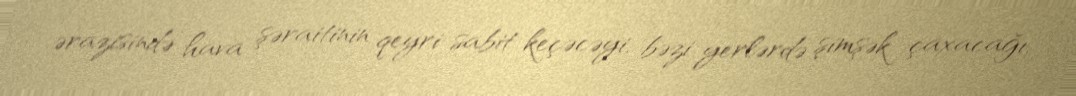
ərazisində hava şəraitinin qeyri-sabit keçəcəyi, bəzi yerlərdə şimşək çaxacağı,